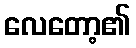
လေတော့၏